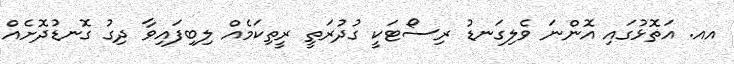
އއ. އަތޮޅުގައި އޮންނަ ވެލިގަނޑު ރިސޯޓަކީ ގުދުރަތީ ރީތިކަމެއް ލިބިފައިވާ ދިގު ގޮނޑުދޮށެއް